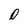
Character: 0